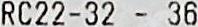
RC22-32 - 36